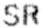
SR